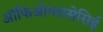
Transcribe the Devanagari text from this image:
ऑफिओग्लासेसिई